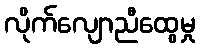
လိုက်လျောညီထွေမှု